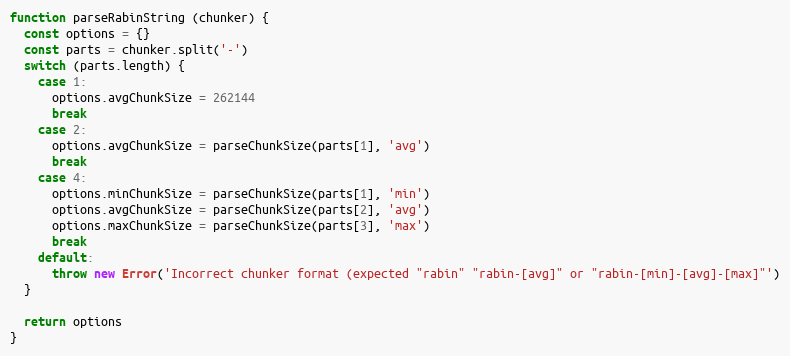
Language: JavaScript
function parseRabinString (chunker) {
  const options = {}
  const parts = chunker.split('-')
  switch (parts.length) {
    case 1:
      options.avgChunkSize = 262144
      break
    case 2:
      options.avgChunkSize = parseChunkSize(parts[1], 'avg')
      break
    case 4:
      options.minChunkSize = parseChunkSize(parts[1], 'min')
      options.avgChunkSize = parseChunkSize(parts[2], 'avg')
      options.maxChunkSize = parseChunkSize(parts[3], 'max')
      break
    default:
      throw new Error('Incorrect chunker format (expected "rabin" "rabin-[avg]" or "rabin-[min]-[avg]-[max]"')
  }

  return options
}